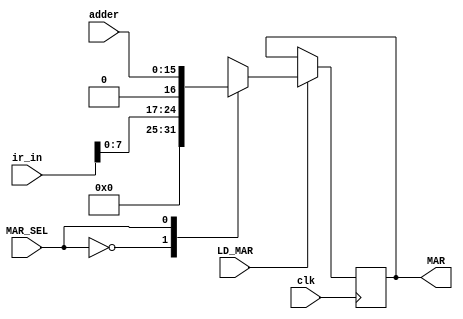
// MAR MUX, includes shifting done to input
// and output MAR

module MAR_MUX(
    input wire clk,
    input wire LD_MAR,
    input wire MAR_SEL,
    input wire [15:0] ir_in,    // Input from IR
    input wire [15:0] adder,    // Input from address adder
    output reg [15:0] MAR
);
    wire [15:0]ir_byte;

    parameter IR = 1'b0;  // Byte 0 of IR
    parameter ADDER = 1'b1;    // Address adder

    initial begin
        MAR <= 0;
    end

    // Zero extend and left shift
    assign ir_byte = ir_in[7:0] << 1;

    always @ (posedge clk) begin
        if (LD_MAR) begin
            case(MAR_SEL)
                IR: MAR <= ir_byte;
                ADDER: MAR <= adder;
            endcase
        end
    end
endmodule